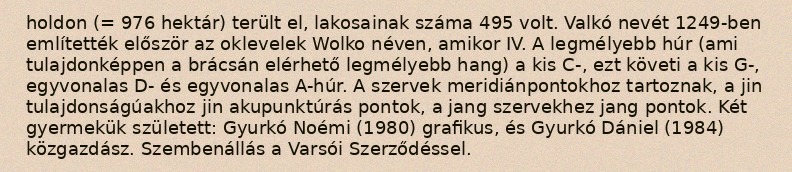
holdon (= 976 hektár) terült el, lakosainak száma 495 volt. Valkó nevét 1249-ben említették először az oklevelek Wolko néven, amikor IV. A legmélyebb húr (ami tulajdonképpen a brácsán elérhető legmélyebb hang) a kis C-, ezt követi a kis G-, egyvonalas D- és egyvonalas A-húr. A szervek meridiánpontokhoz tartoznak, a jin tulajdonságúakhoz jin akupunktúrás pontok, a jang szervekhez jang pontok. Két gyermekük született: Gyurkó Noémi (1980) grafikus, és Gyurkó Dániel (1984) közgazdász. Szembenállás a Varsói Szerződéssel.